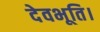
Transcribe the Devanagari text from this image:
देवभूति।